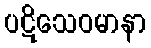
ပဋိသေဝမာနာ